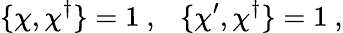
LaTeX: \{ \chi,\chi^{\dagger}\} =1~,~~~\{ \chi^{\prime},\chi^{\dagger}\} =1~,